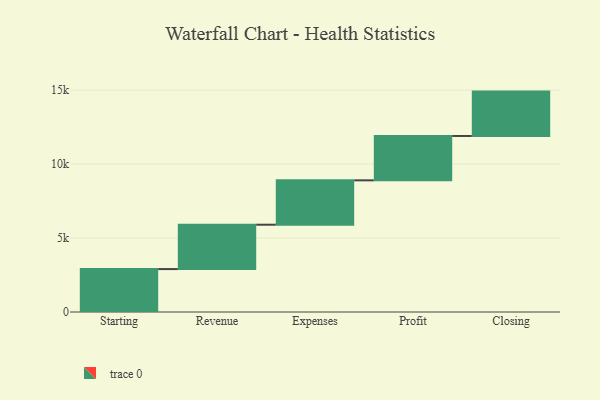
{"axis": {"x": "Step", "y": "Value"}, "legend": [""], "data": [{"x": "Starting", "y": 2902.0, "type": ""}, {"x": "Revenue", "y": 3000, "type": ""}, {"x": "Expenses", "y": 3000, "type": ""}, {"x": "Profit", "y": 3000, "type": ""}, {"x": "Closing", "y": 3000, "type": ""}]}